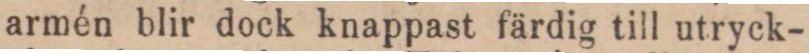
armén blir dock knappast färdig till utryck-